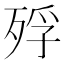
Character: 殍